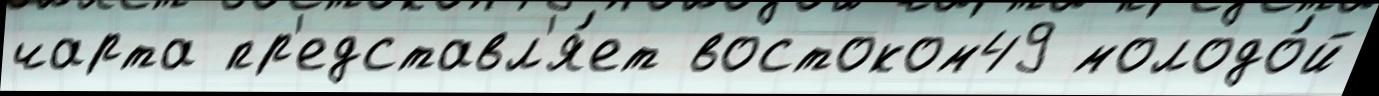
чарта пр'едставл'я́ет востоком49 молодо́й